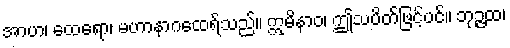
အာဟ၊ ထေရော၊ မဟာနာဂထေရ်သည်။ ဣမိနာဝ၊ ဤသပိတ်ဖြင့်ပင်။ ဘုဉ္ဇထ၊